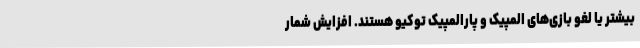
بیشتر یا لغو بازی‌های المپیک و پارالمپیک توکیو هستند. افزایش شمار